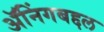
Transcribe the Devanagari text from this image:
ॲनिंगबद्दल